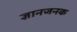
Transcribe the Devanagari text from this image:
ज्ञानजनक